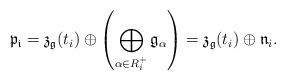
LaTeX: \begin{align*}\mathfrak{p_{i}} = \mathfrak{z}_{\mathfrak{g}}(t_{i}) \oplus\left(\displaystyle\bigoplus_{\alpha\in R^{+}_{i}} \mathfrak{g}_{\alpha}\right) = \mathfrak{z}_{\mathfrak{g}}(t_{i}) \oplus \mathfrak{n}_{i}.\end{align*}